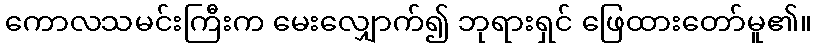
ကောလသမင်းကြီးက မေးလျှောက်၍ ဘုရားရှင် ဖြေထားတော်မူ၏။